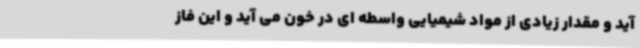
آید و مقدار زیادی از مواد شیمیایی واسطه ای در خون می آید و این فاز